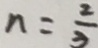
n = \frac { 2 } { 3 }